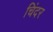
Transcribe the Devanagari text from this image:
चिंदर